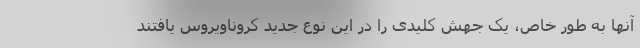
آنها به طور خاص، یک جهش کلیدی را در این نوع جدید کروناویروس یافتند